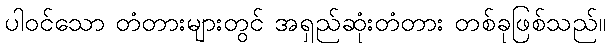
ပါဝင်သော တံတားများတွင် အရှည်ဆုံးတံတား တစ်ခုဖြစ်သည်။